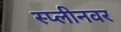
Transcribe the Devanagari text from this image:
स्प्लीनवर